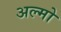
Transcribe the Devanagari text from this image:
अल्मो